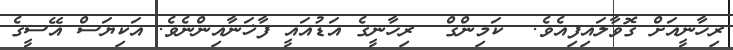
ރިހާނީއަށް ގޮވާލައިފިއެވެ.  ކަމިންގް  ރިހާނީގެ އަޑުއައީ ފާޚަނާއިންނެވެ. އަކިޔަސް އޭސީގެ